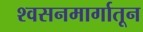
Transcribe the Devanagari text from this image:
श्वसनमार्गातून